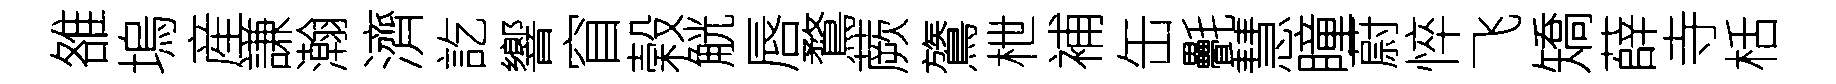
雒塢産謙瀚濟訖響窅榖觥唇鶩蕨鷟枻補缶㲲慧瞳蔚悴飞矯薛寺栝